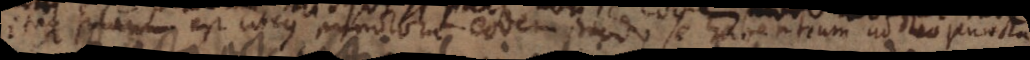
itaque planum est _ punctorum eodem modo se habentium ad duo puncta